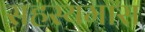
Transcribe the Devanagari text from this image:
सहस्यमास